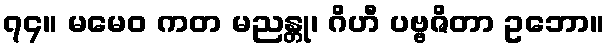
၇၄။ မမေဝ ကတ မညန္တု၊ ဂိဟီ ပဗ္ဗဇိတာ ဥဘော။